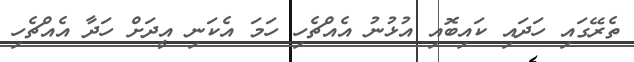
ތެރޭގައި ހަދައި ކައިބޮއި އުޅުނު އެއްޗެހި ހަމަ އެކަނި އީދަށް ހަދާ އެއްޗެހި